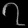
Digit: ၇